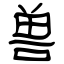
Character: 兽